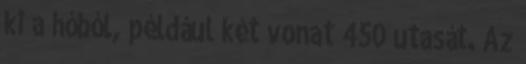
ki a hóból, például két vonat 450 utasát. Az